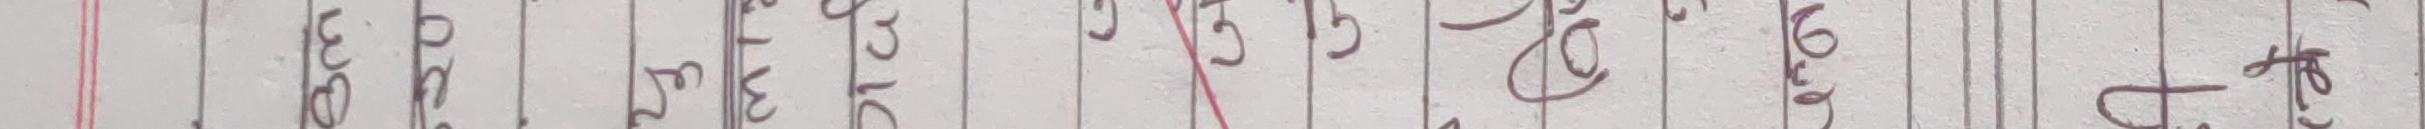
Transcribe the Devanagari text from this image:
आफ्‌नो ठाउँमा नै